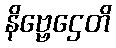
နိဗ္ဗေဌေတိ